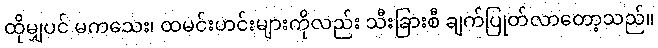
ထိုမျှပင် မကသေး၊ ထမင်းဟင်းများကိုလည်း သီးခြားစီ ချက်ပြုတ်လာတော့သည်။